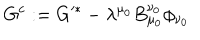
LaTeX: G ^ { c } : = G ^ { * } - \lambda ^ { \mu _ { 0 } } B _ { \mu _ { 0 } } ^ { \nu _ { 0 } } \phi _ { \nu _ { 0 } }